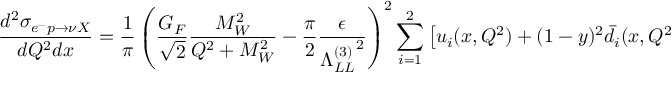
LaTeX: \frac { d ^ { 2 } \sigma _ { e ^ { - } p \to \nu X } } { d Q ^ { 2 } d x } = \frac { 1 } { \pi } \left( \frac { G _ { F } } { \sqrt { 2 } } \frac { M _ { W } ^ { 2 } } { Q ^ { 2 } + M _ { W } ^ { 2 } } - \frac { \pi } { 2 } \frac { \epsilon } { { \Lambda _ { L L } ^ { ( 3 ) } } ^ { 2 } } \right) ^ { 2 } \sum _ { i = 1 } ^ { 2 } \left[ u _ { i } ( x , Q ^ { 2 } ) + ( 1 - y ) ^ { 2 } \bar { d } _ { i } ( x , Q ^ { 2 } ) \right]